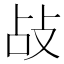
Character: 敁